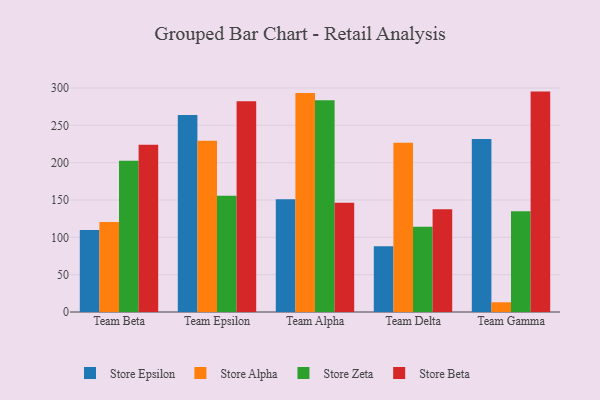
{"axis": {"x": "Team", "y": "Backlog"}, "legend": ["Store Alpha", "Store Beta", "Store Epsilon", "Store Zeta"], "data": [{"x": "Team Beta", "y": 109.7, "type": "Store Epsilon"}, {"x": "Team Beta", "y": 120.5, "type": "Store Alpha"}, {"x": "Team Beta", "y": 202.7, "type": "Store Zeta"}, {"x": "Team Beta", "y": 224.1, "type": "Store Beta"}, {"x": "Team Epsilon", "y": 263.7, "type": "Store Epsilon"}, {"x": "Team Epsilon", "y": 229.3, "type": "Store Alpha"}, {"x": "Team Epsilon", "y": 155.6, "type": "Store Zeta"}, {"x": "Team Epsilon", "y": 282.3, "type": "Store Beta"}, {"x": "Team Alpha", "y": 151.0, "type": "Store Epsilon"}, {"x": "Team Alpha", "y": 293.4, "type": "Store Alpha"}, {"x": "Team Alpha", "y": 283.7, "type": "Store Zeta"}, {"x": "Team Alpha", "y": 146.3, "type": "Store Beta"}, {"x": "Team Delta", "y": 87.9, "type": "Store Epsilon"}, {"x": "Team Delta", "y": 226.7, "type": "Store Alpha"}, {"x": "Team Delta", "y": 114.2, "type": "Store Zeta"}, {"x": "Team Delta", "y": 137.6, "type": "Store Beta"}, {"x": "Team Gamma", "y": 231.7, "type": "Store Epsilon"}, {"x": "Team Gamma", "y": 13.0, "type": "Store Alpha"}, {"x": "Team Gamma", "y": 135.0, "type": "Store Zeta"}, {"x": "Team Gamma", "y": 295.2, "type": "Store Beta"}]}